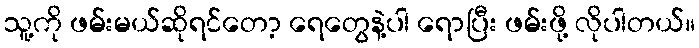
သူ့ကို ဖမ်းမယ်ဆိုရင်တော့ ရေတွေနဲ့ပါ ရောပြီး ဖမ်းဖို့ လိုပါတယ်။